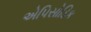
એપિસોડિક